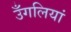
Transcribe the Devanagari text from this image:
उँगलियां